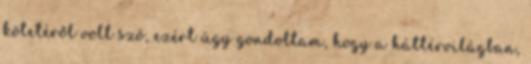
kötetéről volt szó, ezért úgy gondoltam, hogy a háttérvilágban,